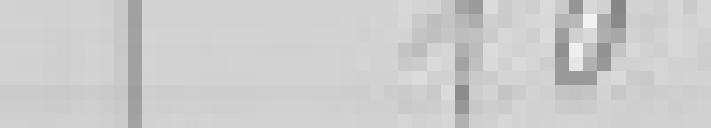
10 kilogrammes